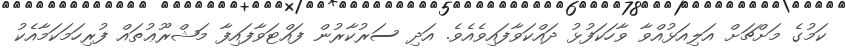
ކަމުގެ މަށްޗަށް އަލިއަޅުއްވާ ވާހަކަފުޅު ދައްކަވާފައިވެއެވެ. އަދި ސަރުކާރުން ފައްޓަވާފައިފާ މަޝްރޫޢުތައް ފުރިހަމަކަމާއެކު